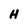
Character: H